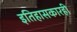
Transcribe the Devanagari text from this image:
इतिहासकारही